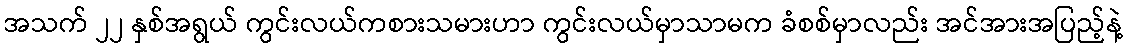
အသက် ၂၂ နှစ်အရွယ် ကွင်းလယ်ကစားသမားဟာ ကွင်းလယ်မှာသာမက ခံစစ်မှာလည်း အင်အားအပြည့်နဲ့